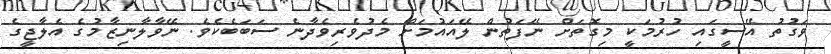
ވަގުތު އޭސީގައި ހުރުމަކީ މިގޮތަށް ނޭފަތުން ލޭއައުމަށް މެދުވެރިވެދާނެ ސަބަބެކެވެ. ނޭވާލާނިޒާމުގެ އެލާޖީގެ